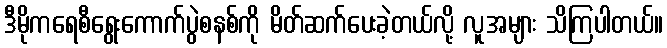
ဒီမိုကရေစီရွေးကောက်ပွဲစနစ်ကို မိတ်ဆက်ပေးခဲ့တယ်လို့ လူအများ သိကြပါတယ်။